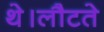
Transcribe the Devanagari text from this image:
थे।लौटते